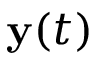
\mathbf { y } ( t )